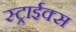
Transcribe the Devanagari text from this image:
स्ट्राईक्स